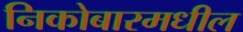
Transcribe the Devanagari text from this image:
निकोबारमधील